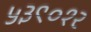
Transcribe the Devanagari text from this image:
५३९०१२